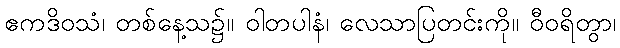
ဧကဒိဝသံ၊ တစ်နေ့သ၌။ ဝါတပါနံ၊ လေသာပြတင်းကို။ ဝီဝရိတွာ၊